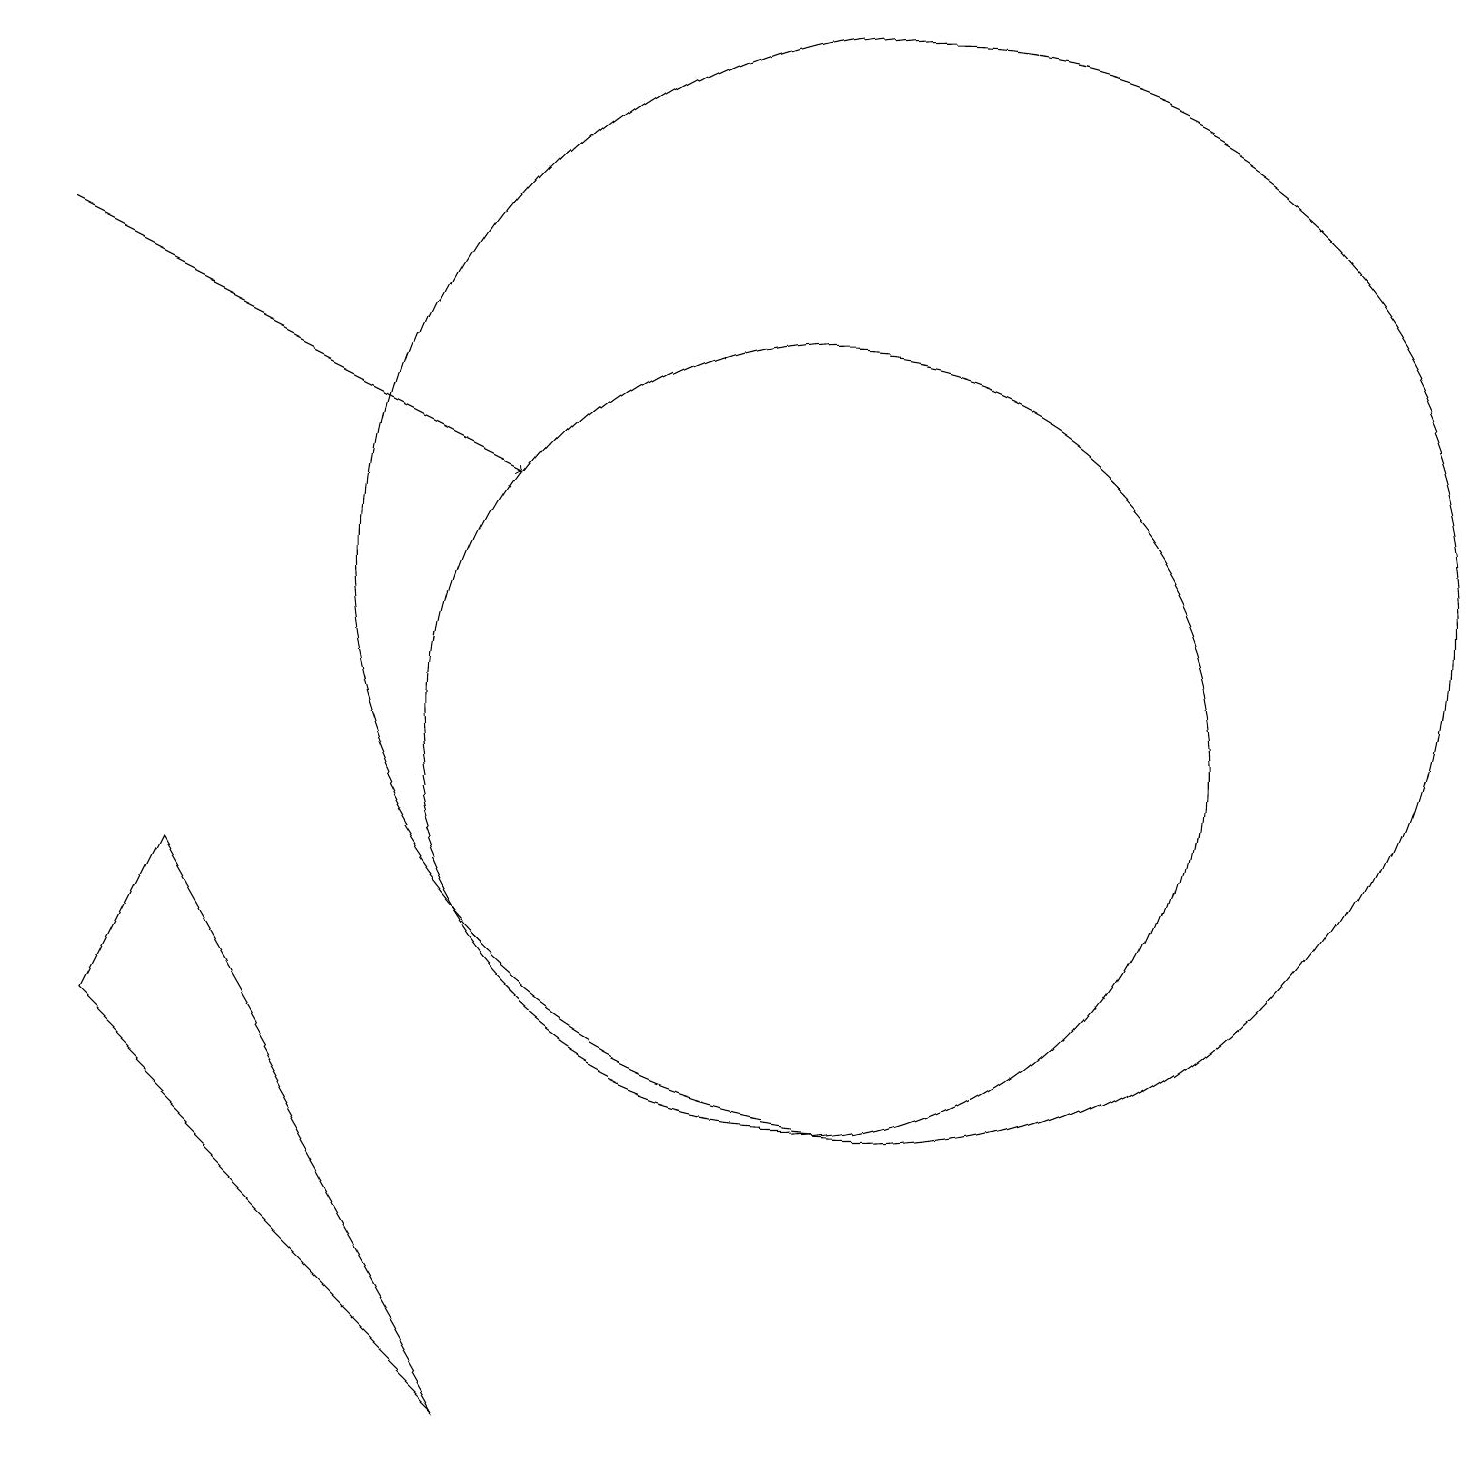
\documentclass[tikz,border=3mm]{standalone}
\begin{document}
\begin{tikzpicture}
\draw[->] (1,16) -- (7,13);
\draw (11,10) circle (5);
\draw (7,1) -- (3,8) -- (2,6) -- cycle;
\draw (12,12) circle (7);
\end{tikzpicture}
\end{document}